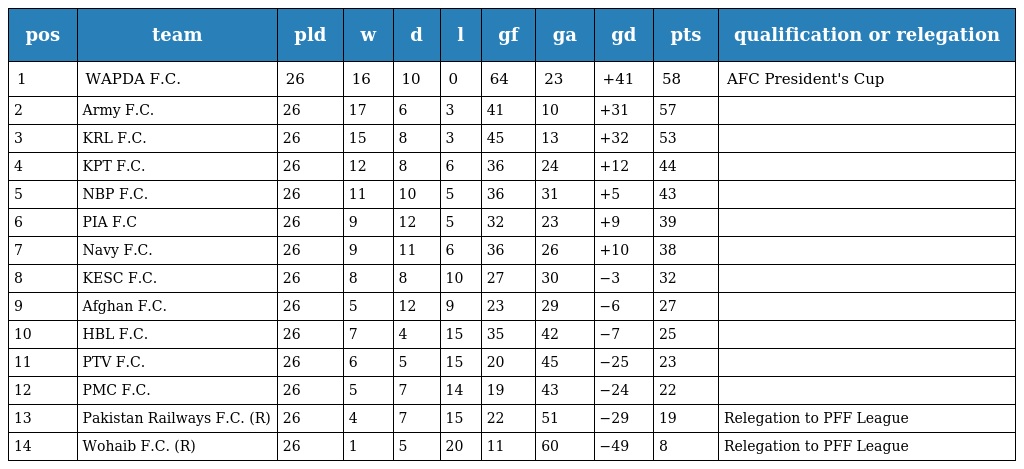
| pos | team | pld | w | d | l | gf | ga | gd | pts | qualification or relegation |
 | --- | --- | --- | --- | --- | --- | --- | --- | --- | --- | --- |
 | 1 | WAPDA F.C. | 26 | 16 | 10 | 0 | 64 | 23 | +41 | 58 | AFC President's Cup |
 | 2 | Army F.C. | 26 | 17 | 6 | 3 | 41 | 10 | +31 | 57 |  |
 | 3 | KRL F.C. | 26 | 15 | 8 | 3 | 45 | 13 | +32 | 53 |  |
 | 4 | KPT F.C. | 26 | 12 | 8 | 6 | 36 | 24 | +12 | 44 |  |
 | 5 | NBP F.C. | 26 | 11 | 10 | 5 | 36 | 31 | +5 | 43 |  |
 | 6 | PIA F.C | 26 | 9 | 12 | 5 | 32 | 23 | +9 | 39 |  |
 | 7 | Navy F.C. | 26 | 9 | 11 | 6 | 36 | 26 | +10 | 38 |  |
 | 8 | KESC F.C. | 26 | 8 | 8 | 10 | 27 | 30 | −3 | 32 |  |
 | 9 | Afghan F.C. | 26 | 5 | 12 | 9 | 23 | 29 | −6 | 27 |  |
 | 10 | HBL F.C. | 26 | 7 | 4 | 15 | 35 | 42 | −7 | 25 |  |
 | 11 | PTV F.C. | 26 | 6 | 5 | 15 | 20 | 45 | −25 | 23 |  |
 | 12 | PMC F.C. | 26 | 5 | 7 | 14 | 19 | 43 | −24 | 22 |  |
 | 13 | Pakistan Railways F.C. (R) | 26 | 4 | 7 | 15 | 22 | 51 | −29 | 19 | Relegation to PFF League |
 | 14 | Wohaib F.C. (R) | 26 | 1 | 5 | 20 | 11 | 60 | −49 | 8 | Relegation to PFF League |